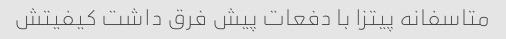
متاسفانه پیتزا با دفعات پیش فرق داشت کیفیتش